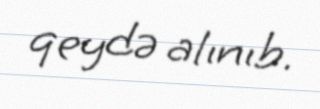
qeydə alınıb.